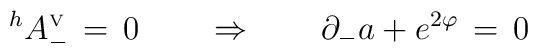
^hA_-^{\mbox{\tiny V}}\,=\,0\qquad\Rightarrow\qquad\partial_-a + e^{2\varphi}\,=\,0